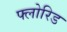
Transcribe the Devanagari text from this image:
फ्लोरिड